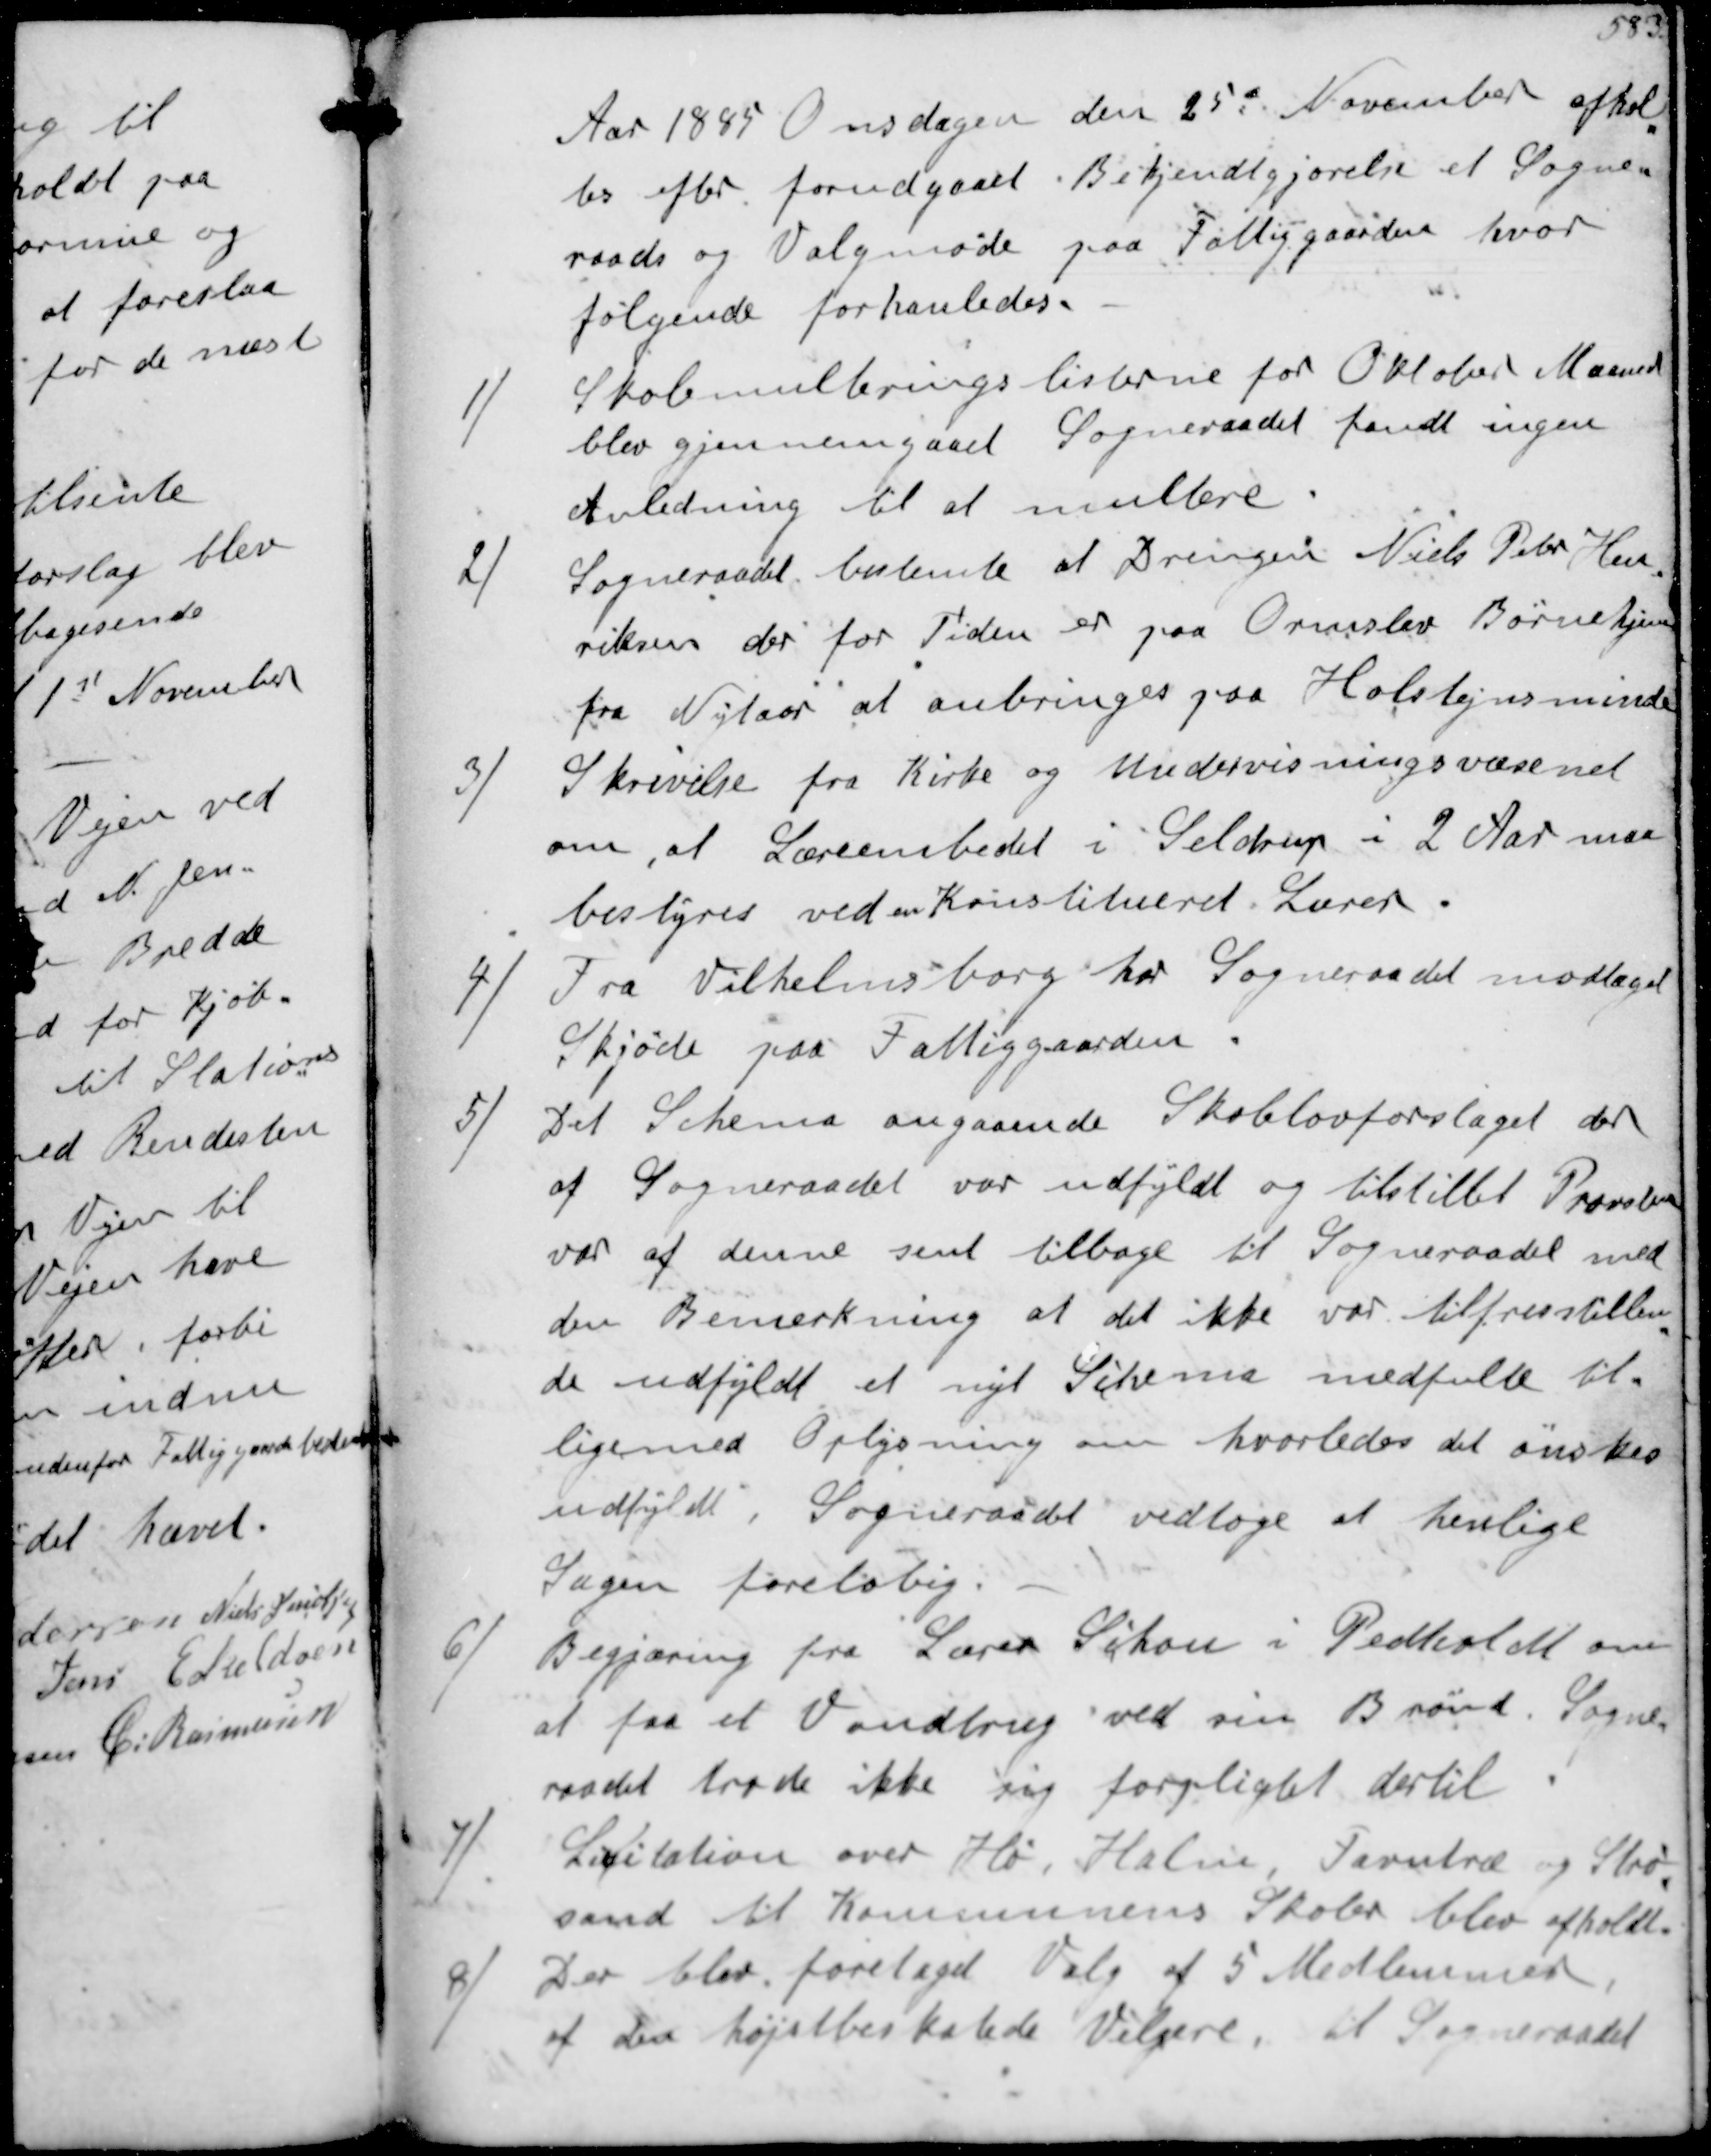
Transskription:
Aar 1885 Onsdagen den 25d November afhol-
tes efter forudgaaet Bekjendtgjørelse et Sogne-
raads og Valgmøde paa Fattiggaarden hvor
følgende forhanledes.
1/
Skolemulteringslisterne for Oktober Maaned
blev giennemgaaet Sogneraadet fandt ingen
Anledning til at multere
2/
Sogneraadet bestemte at Drengen Niels Peter Hen-
riksen der for Tiden er paa Ormslev Børnehjem
fra Nytaar at anbringes saa Holstejnsminde
3/
Skrivelse fra Kirke og Undervisningsvæsenet
om at Læreembedet i Seldrup i 2 Aar maa
bestyres ved en konstitueret Lærer

4/
Fra Vilhelmsborg har Sogneraadet modtaget
Skjøde paa Fattiggaarden
5/
Det Schema angaaende Skolelovforslaget der
af Sogneraadet var udfyldt og tilstillet Provsten
var af denne sent tilbage til Sogneraadet med
den Bemærkning at det ikke var tiltredstillen-
de udfyldt et nyt Schema medfulte til-
ligemed Oplysning om hvorledes det ønskes
udfyldt. Sogneraadet vedtoge at henlige
Sagen foreløbig
6/
Begjæring fra Lærer Schou i Pedholdt om
at faa et Vandtrug ved sin Brønd. Sogne-
raadet trode ikke sig forpligtet dertil
7/
Licitation over Hø, Halm, Favntræ og Strø-
sand til Kommunens Skoler blev afholdt
8/
Der blev foretaget Valg af 5 Medlemmer
af den højstbeskatede Velgere. til Sogneraadet